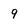
Character: 9